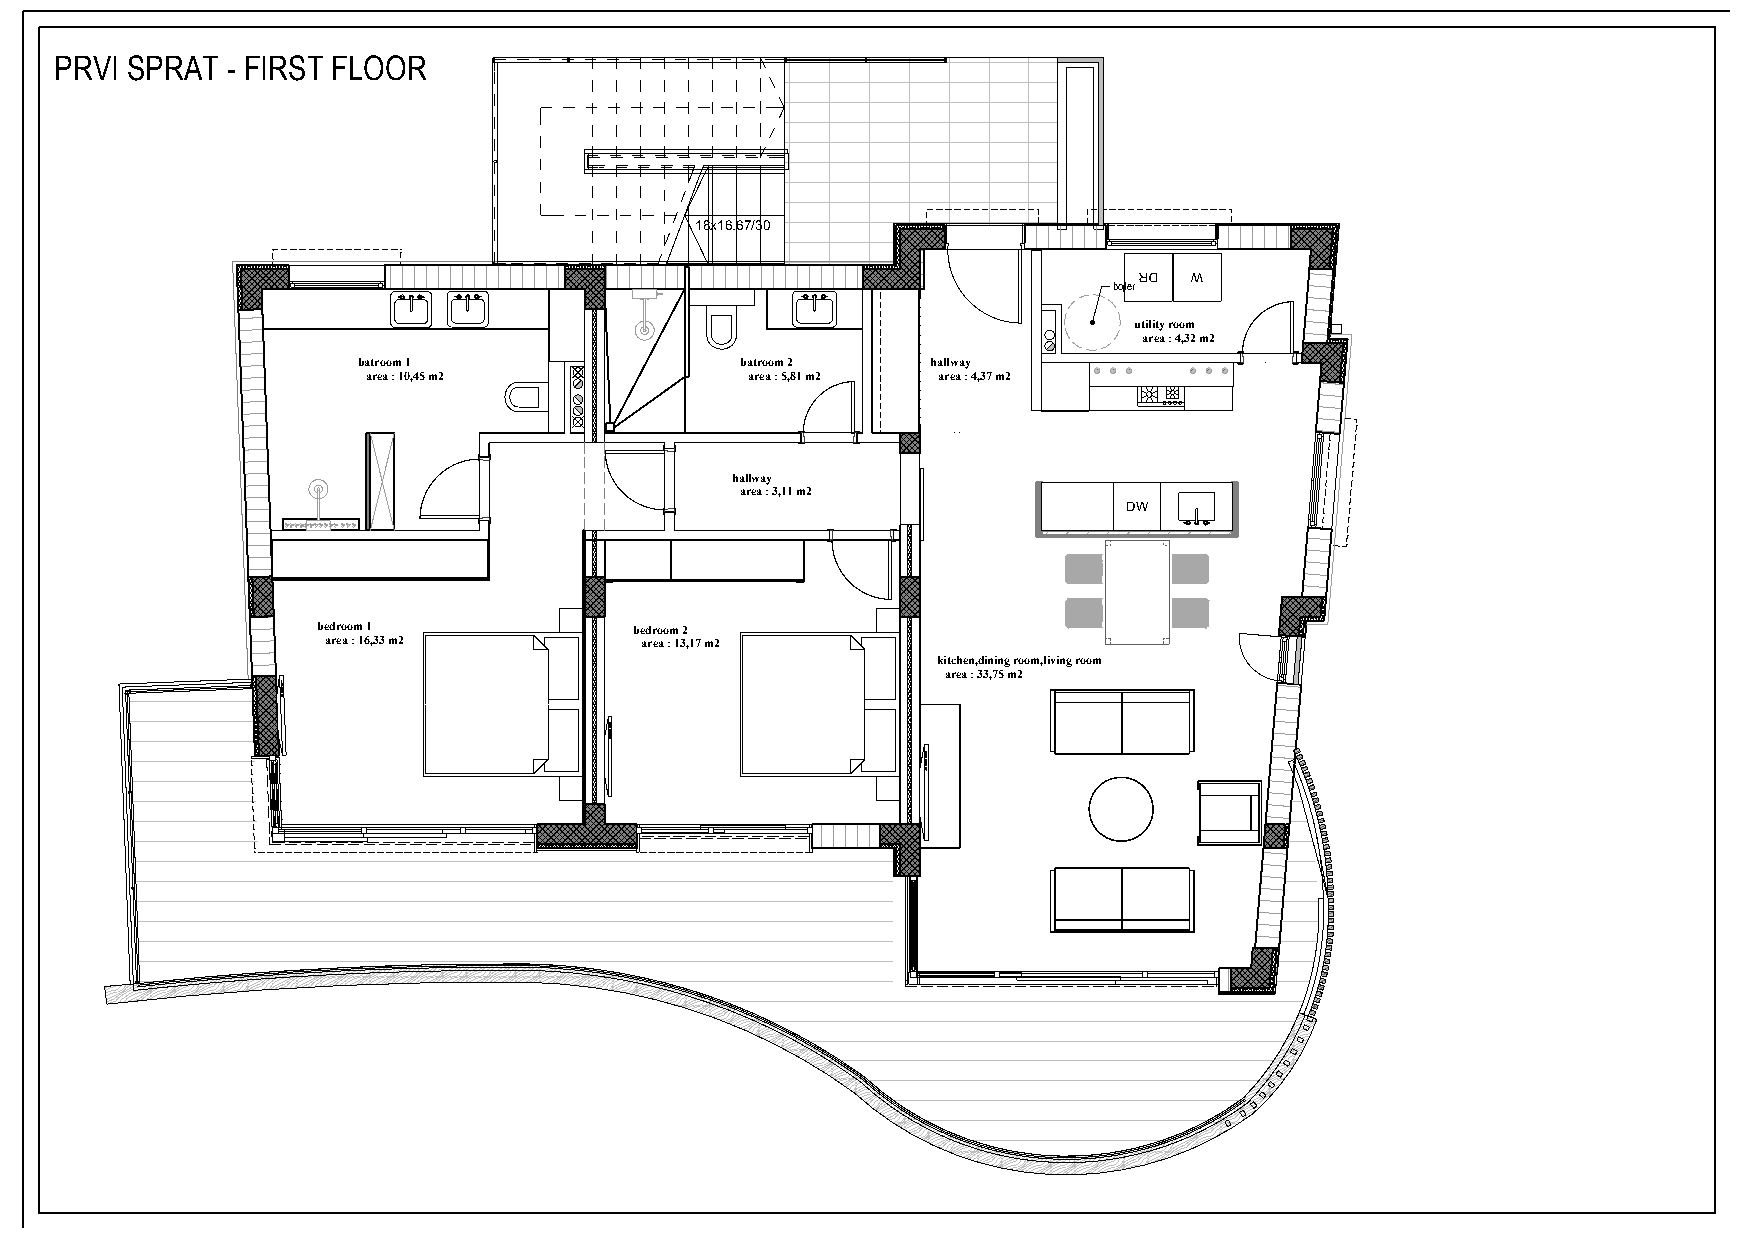
PRVI SPRAT - FIRST FLOOR
 18x16.67/30
 RD  W
 bojler
 utility room
 area : 4,32 m2
 batroom 1                batroom 2    hallway
 area : 10,45 m2           area : 5,81 m2 area : 4,37 m2
 hallway
 area : 3,11 m2
 DW
 bedroom 1            bedroom 2
 area : 16,33 m2     area : 13,17 m2
 kitchen,dining room,living room
 area : 33,75 m2